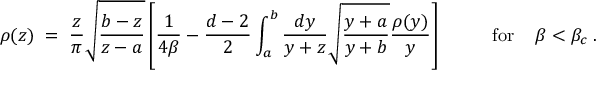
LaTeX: \rho ( z ) \; = \; { \frac { z } { \pi } } \sqrt { \frac { b - z } { z - a } } \left[ { \frac { 1 } { 4 \beta } } - { \frac { d - 2 } { 2 } } \int _ { a } ^ { b } { \frac { d y } { y + z } } \sqrt { \frac { y + a } { y + b } } { \frac { \rho ( y ) } { y } } \right] \; \; \; \; \; \; \; \; \; \; \mathrm { f o r } \; \; \; \; \beta < \beta _ { c } \; .